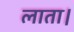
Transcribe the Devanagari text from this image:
लाता।